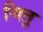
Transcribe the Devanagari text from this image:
जितु